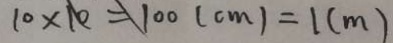
1 0 \times 1 0 = 1 0 0 ( c m ) = 1 ( m )